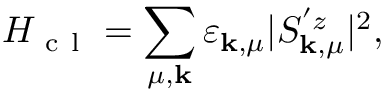
H _ { \mathrm { ~ c ~ l ~ } } = \sum _ { \mu , \mathbf { k } } \varepsilon _ { \mathbf { k } , \mu } | S _ { \mathbf { k } , \mu } ^ { ' z } | ^ { 2 } ,